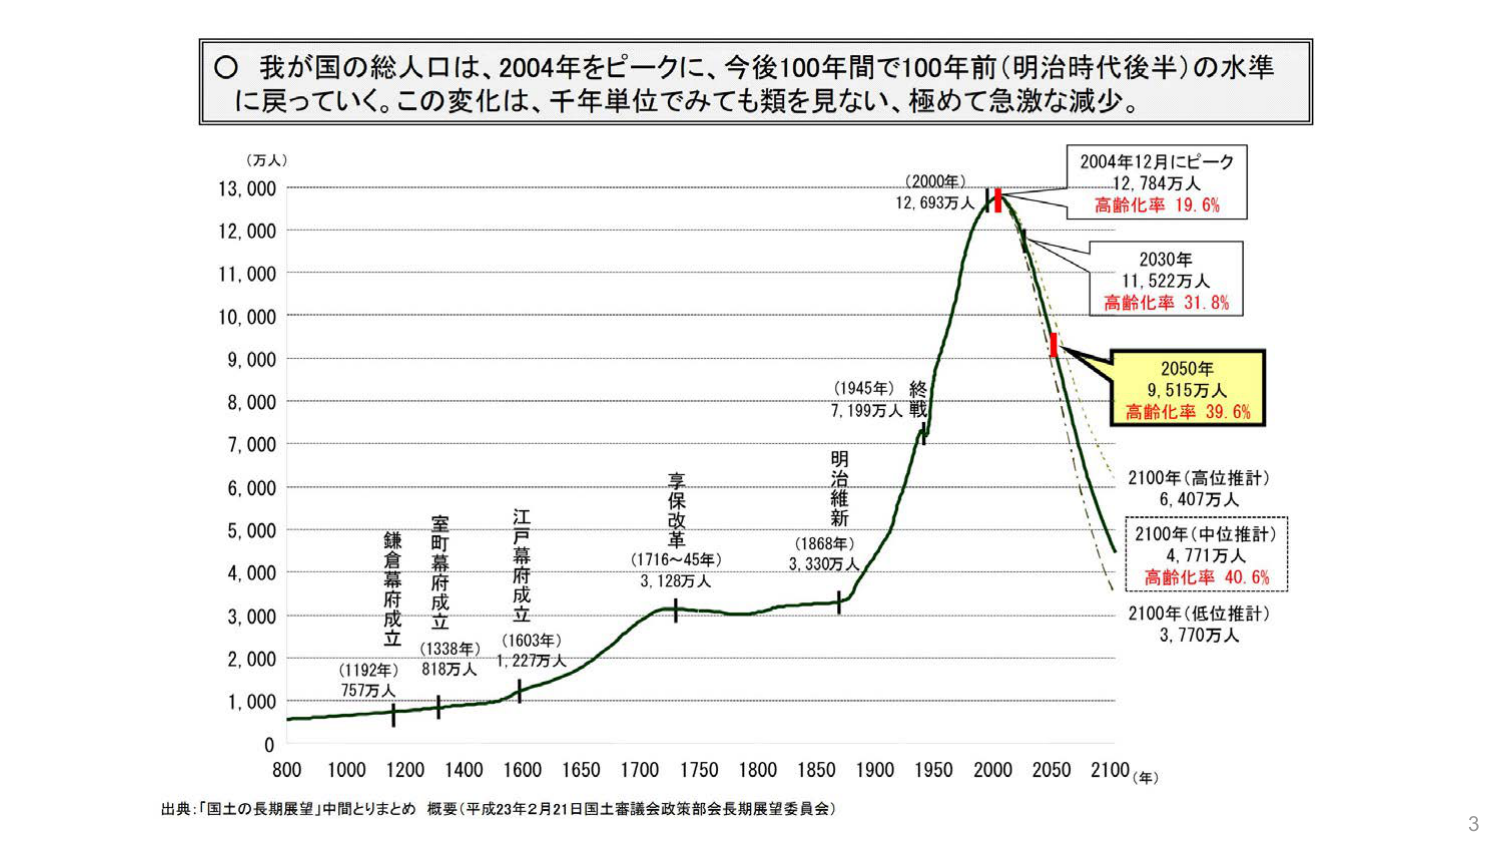
〇 我が国の総人口は、2004年をピークに、今後100年間で100年前（明治時代後半）の水準に戻っていく。この変化は、千年単位でみても類を見ない、極めて急激な減少。

（万人）
13,000
12,000
11,000
10,000
9,000
8,000
7,000
6,000
5,000
4,000
3,000
2,000
1,000
0

800 1000 1200 1400 1600 1650 1700 1750 1800 1850 1900 1950 2000 2050 2100 （年）

鎌倉幕府成立
（1192年） 757万人

室町幕府成立
（1338年） 818万人

江戸幕府成立
（1603年） 1,227万人

享保改革
（1716～45年） 3,128万人

明治維新
（1868年） 3,330万人

（1945年）終戦
7,199万人

（2000年） 12,693万人

2004年12月にピーク
12,784万人
高齢化率 19.6%

2030年
11,522万人
高齢化率 31.8%

2050年
9,515万人
高齢化率 39.6%

2100年（高位推計）
6,407万人

2100年（中位推計）
4,771万人
高齢化率 40.6%

2100年（低位推計）
3,770万人

出典：「国土の長期展望」中間とりまとめ 概要（平成23年2月21日国土審議会政策部会長期展望委員会）

3